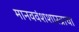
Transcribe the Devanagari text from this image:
मानववंशशास्त्राचा